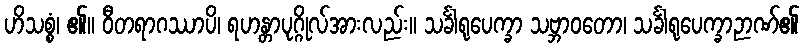
ဟိသစ္စံ၊ ၏။ ဝီတရာဂဿာပိ၊ ရဟန္တာပုဂ္ဂိုလ်အားလည်း။ သင်္ခါရုပေက္ခာ သဗ္ဘာဝတော၊ သင်္ခါရုပေက္ခာဉာဏ်၏